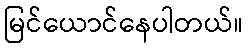
မြင်ယောင်နေပါတယ်။